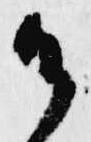
御